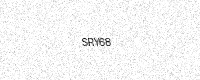
Text: SRY68